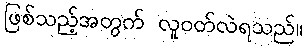
ဖြစ်သည့်အတွက် လူဝတ်လဲရသည်။